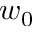
w _ { 0 }